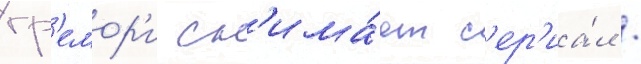
гр'емор'и сн'има́ет с'ер'иа́л /